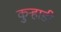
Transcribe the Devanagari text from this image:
कुर्‍हाडी